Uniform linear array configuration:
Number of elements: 48
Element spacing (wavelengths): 0.75
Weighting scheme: hann
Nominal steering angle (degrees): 30
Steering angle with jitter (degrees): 30.944
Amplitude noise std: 0.05
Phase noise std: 0.05

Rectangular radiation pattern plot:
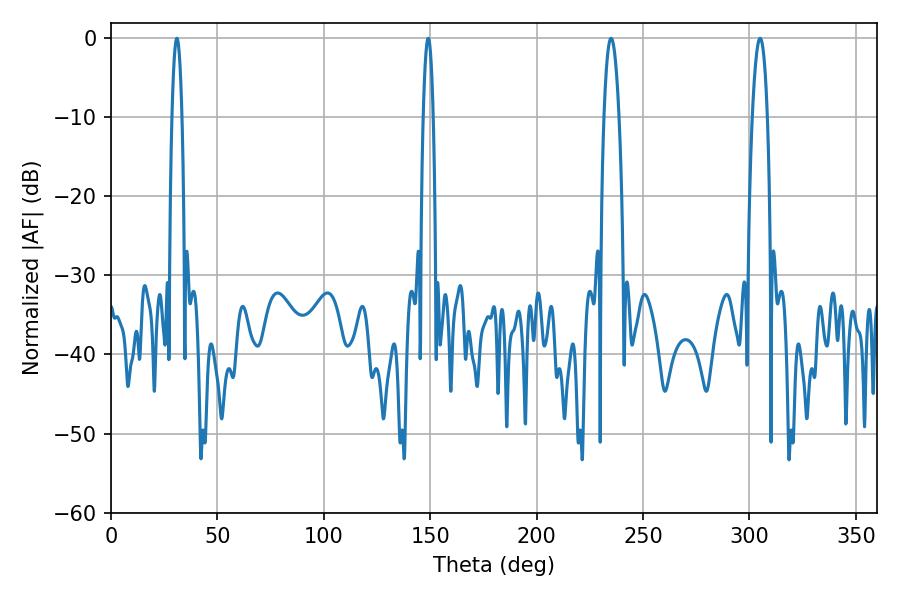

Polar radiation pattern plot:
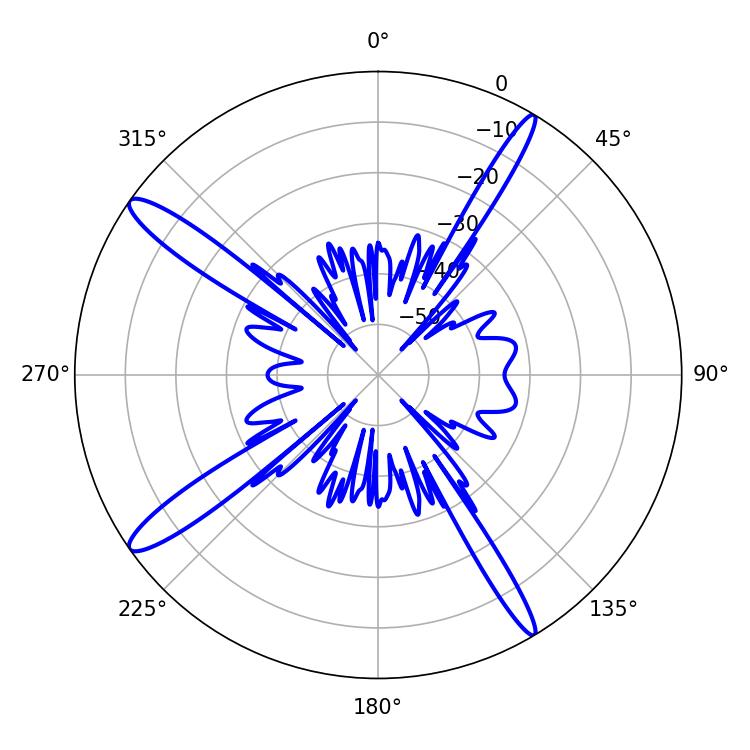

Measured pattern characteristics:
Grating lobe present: TRUE
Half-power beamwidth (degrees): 2.52
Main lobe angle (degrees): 30.96